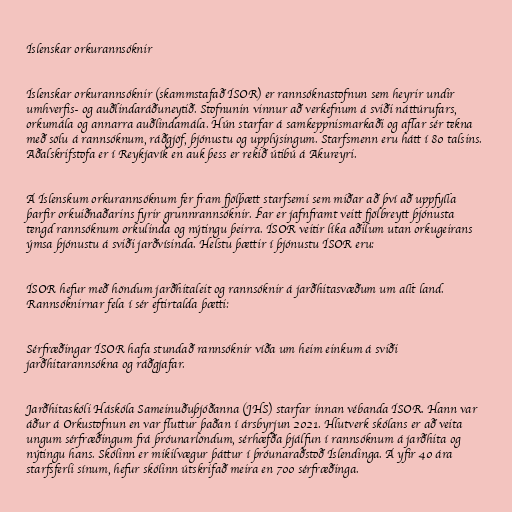
Íslenskar orkurannsóknir

Íslenskar orkurannsóknir (skammstafað ÍSOR) er rannsóknastofnun sem heyrir undir
umhverfis- og auðlindaráðuneytið. Stofnunin vinnur að verkefnum á sviði náttúrufars,
orkumála og annarra auðlindamála. Hún starfar á samkeppnismarkaði og aflar sér tekna
með sölu á rannsóknum, ráðgjöf, þjónustu og upplýsingum. Starfsmenn eru hátt í 80 talsins.
Aðalskrifstofa er í Reykjavík en auk þess er rekið útibú á Akureyri.

Á Íslenskum orkurannsóknum fer fram fjölþætt starfsemi sem miðar að því að uppfylla
þarfir orkuiðnaðarins fyrir grunnrannsóknir. Þar er jafnframt veitt fjölbreytt þjónusta
tengd rannsóknum orkulinda og nýtingu þeirra. ÍSOR veitir líka aðilum utan orkugeirans
ýmsa þjónustu á sviði jarðvísinda. Helstu þættir í þjónustu ÍSOR eru:

ÍSOR hefur með höndum jarðhitaleit og rannsóknir á jarðhitasvæðum um allt land.
Rannsóknirnar fela í sér eftirtalda þætti:

Sérfræðingar ÍSOR hafa stundað rannsóknir víða um heim einkum á sviði
jarðhitarannsókna og ráðgjafar.

Jarðhitaskóli Háskóla Sameinuðuþjóðanna (JHS) starfar innan vébanda ÍSOR. Hann var
áður á Orkustofnun en var fluttur þaðan í ársbyrjun 2021. Hlutverk skólans er að veita
ungum sérfræðingum frá þróunarlöndum, sérhæfða þjálfun í rannsóknum á jarðhita og
nýtingu hans. Skólinn er mikilvægur þáttur í þróunaraðstoð Íslendinga. Á yfir 40 ára
starfsferli sínum, hefur skólinn útskrifað meira en 700 sérfræðinga.